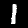
Label: 1